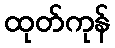
ထုတ်ကုန်